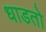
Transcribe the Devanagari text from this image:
धाडतो